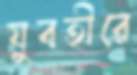
যুবতীরে